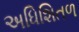
અધિશિતળ